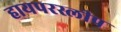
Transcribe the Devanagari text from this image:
हायपरस्लीप